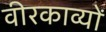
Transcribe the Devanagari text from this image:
वीरकाव्यों